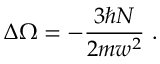
\Delta \Omega = - \frac { 3 \hbar N } { 2 m w ^ { 2 } } \mathrm { ~ . ~ }